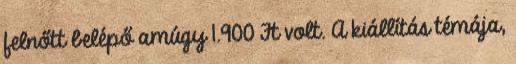
felnőtt belépő amúgy 1.900 Ft volt. A kiállítás témája,